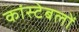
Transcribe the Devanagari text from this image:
कांस्‍टेबलों